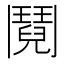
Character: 鬩